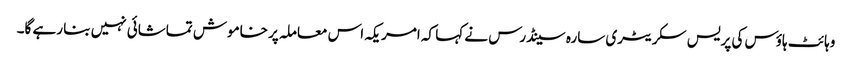
وہائٹ ہاؤس کی پریس سکریٹری سارہ سینڈرس نے کہا کہ امریکہ اس معاملہ پر خاموش تماشائی نہیں بنا رہے گا۔